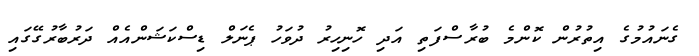
ގެނައުމުގެ އިތުރުން ކޮންމެ ބުރާސްފަތި އަދި ހޮނިހިރު ދުވަހު ޕެނަލް ޑިސްކަޝަންއެއް ދަރުބާރުގޭގައި